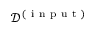
\mathcal { D } ^ { ( \mathrm { ~ i ~ n ~ p ~ u ~ t ~ } ) }